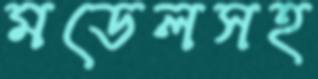
মডেলসহ